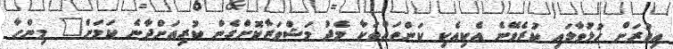
އިތުރަށް ހުޅުވާލައި ކުރެވޭނެ އެކިއެކި ކަންތައްތަކާ މެދު މަޝްވަރާކޮށްގެން ކުރިއަށްދާނެ ކަމަށް" މިންހާ